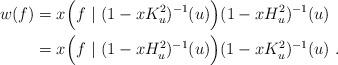
LaTeX: \begin{align*}w(f)&=x\Big(f\ |\ (1-xK_u^2)^{-1}(u)\Big)(1-xH_u^2)^{-1}(u)\\&=x\Big(f\ |\ (1-xH_u^2)^{-1}(u)\Big)(1-xK_u^2)^{-1}(u)\ .\end{align*}